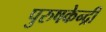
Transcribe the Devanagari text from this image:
पुरुषकेन्द्री